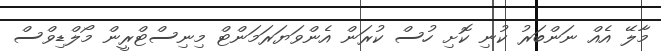
މާލޭ އެއް ނަންބަރު ކުނި ކޮށި ހުސް ކުރަން އެންވަޔަރަމަންޓް މިނިސްޓްރީން މޯލްޑިވްސް